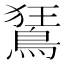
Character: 鵟